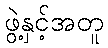
ဖွဲ့နှင့်အတူ